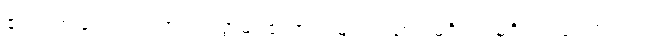
ဧတံ၊ ဤလေးပါးကား။ ဥတ္တမံ၊ ကောင်းမြတ်သော။ မင်္ဂလံ၊ မင်္ဂလာ ပေတည်း။